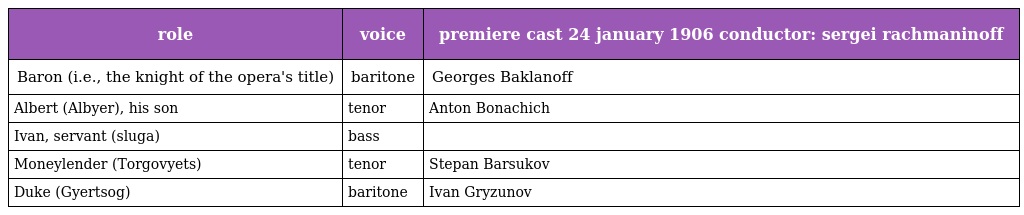
| role | voice | premiere cast 24 january 1906 conductor: sergei rachmaninoff |
 | --- | --- | --- |
 | Baron (i.e., the knight of the opera's title) | baritone | Georges Baklanoff |
 | Albert (Albyer), his son | tenor | Anton Bonachich |
 | Ivan, servant (sluga) | bass |  |
 | Moneylender (Torgovyets) | tenor | Stepan Barsukov |
 | Duke (Gyertsog) | baritone | Ivan Gryzunov |